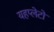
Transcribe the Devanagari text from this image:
यहप्लेटों